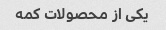
یکی از محصولات کمه